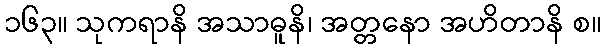
၁၆၃။ သုကရာနိ အသာဓူနိ၊ အတ္တနော အဟိတာနိ စ။